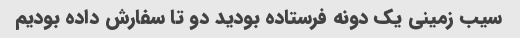
سیب زمینی یک دونه فرستاده بودید دو تا سفارش داده بودیم